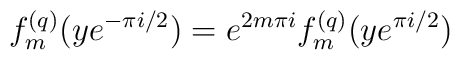
f_m^{(q)}(ye^{-\pi i/2})=e^{2m\pi i}f_m^{(q)}(ye^{\pi i/2})